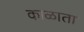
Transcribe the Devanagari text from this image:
काळाता